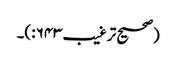
(صحیح ترغیب۶۴۳:)۔